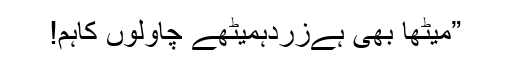
”میٹھا بھی ہےزردہمیٹھے چاولوں کاہُم!